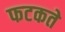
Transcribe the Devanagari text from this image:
फटकते